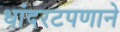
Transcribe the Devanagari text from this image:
धांदरटपणाने